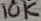
Text: 10K